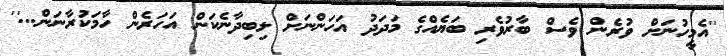
''އެމީހުނަށް ވުރެން ވެސް ބާރުވެރި ބަޔެއްގެ މަދަދު އަހަންނަށް ލިބިދާނެކަން އަހަރެން ހާމަކުރާނަން...''